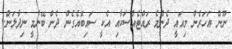
ނޫން އަހަރެން މިއައީ ދެންމެ ރައްޓެއްސަކާއި އެކީ ސައިބޮއެގެން ދެން ބޭނުމީ ނިދާލަން..